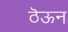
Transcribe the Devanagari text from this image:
ठॆऊन